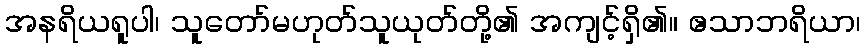
အနရိယရူပါ၊ သူတော်မဟုတ်သူယုတ်တို့၏ အကျင့်ရှိ၏။ ဧသာဘရိယာ၊